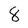
Character: 8